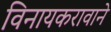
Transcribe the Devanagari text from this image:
विनायकरावाने